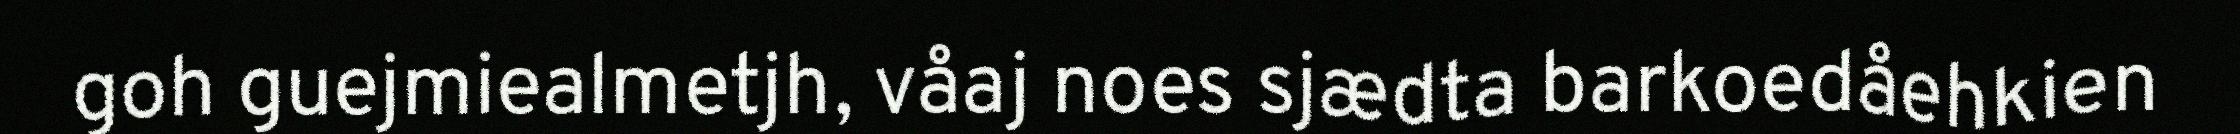
goh guejmiealmetjh, våaj noes sjædta barkoedåehkien